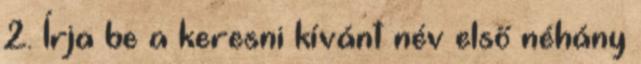
2. Írja be a keresni kívánt név első néhány